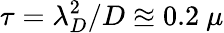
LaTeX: \tau=\lambda_{D}^{2}/D\approxeq 0.2\ \mu